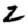
Digit: 2